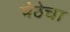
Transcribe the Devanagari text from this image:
पेठेचा